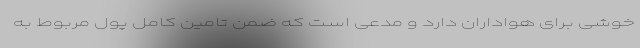
خوشی برای هواداران دارد و مدعی است که ضمن تامین کامل پول مربوط به